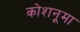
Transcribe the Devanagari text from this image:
कोशनूमा